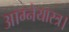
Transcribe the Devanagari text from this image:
आग्नेयास्त्र।